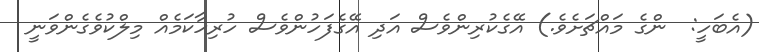
(އެބަހީ:  ންގެ މައްޗަށެވެ.) އޭގެކުރިންވެސް އަދި އޭގެފަހުންވެސް ހުރިހާކަމެއް މިލްކުވެގެންވަނީ